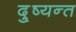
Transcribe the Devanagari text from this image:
दु्ष्यन्त